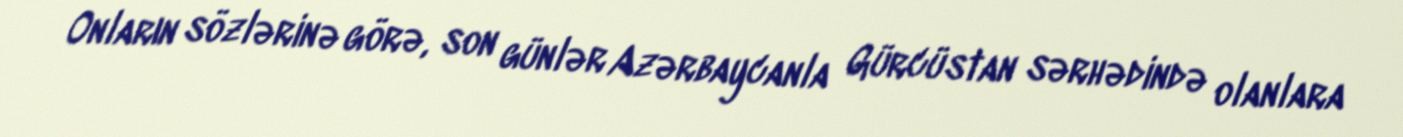
Onların sözlərinə görə, son günlər Azərbaycanla Gürcüstan sərhədində olanlara